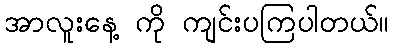
အာလူးနေ့ ကို ကျင်းပကြပါတယ်။